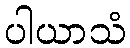
ပါယာသံ